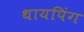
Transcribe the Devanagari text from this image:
थायपिंग